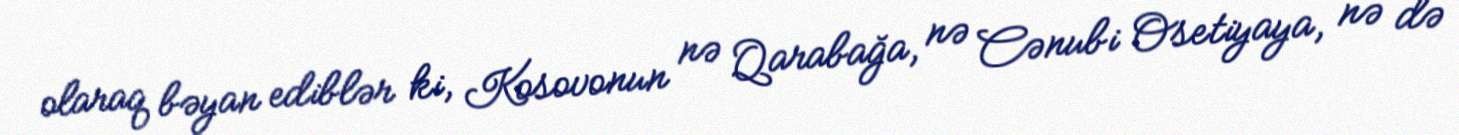
olaraq bəyan ediblər ki, Kosovonun nə Qarabağa, nə Cənubi Osetiyaya, nə də